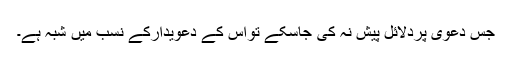
جس دعوی پردلائل پیش نہ کی جاسکے تواس کے دعویدارکے نسب میں شبہ ہے۔